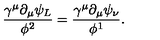
\frac { \gamma ^ { \mu } \partial _ { \mu } \psi _ { L } } { \phi ^ { 2 } } = \frac { \gamma ^ { \mu } \partial _ { \mu } \psi _ { \nu } } { \phi ^ { 1 } } .